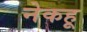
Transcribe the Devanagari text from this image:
नेकहू